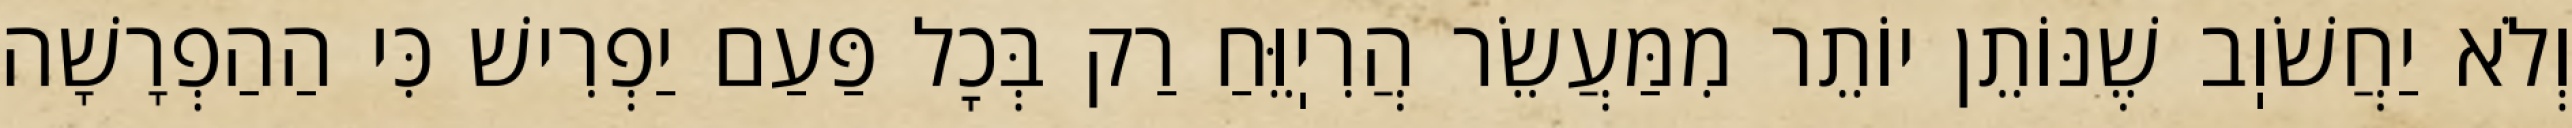
וְלֹא יַחֲשֹׁוֽב שֶׁנּוֹתֵן יוֹתֵר מִמַּעֲשֵׂר הֲרִיֽוֵּחַ רַק בְּכׇל פַּעַם יַפְרִישׁ כִּי הַהַפְרָשָׁה